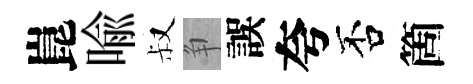
崑喩叔争誤夸否箇